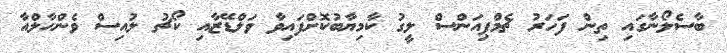
ބާސެލޯނާގައި ތިން ފަހަރު ޗެމްޕިއަންސް ލީގު ކާމިޔާބުކޮށްފައިވާ ވަލްޑޭޒާއި ކޯޗު ލުއިސް ވެންހާލްއާ